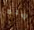
هذه